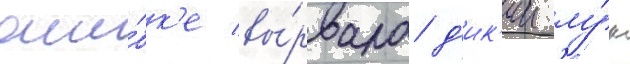
оши́бк'е вы́рвала д'ик'ии лу́к